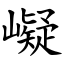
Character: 㠜